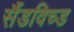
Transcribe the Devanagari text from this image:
सैंडविच्ड